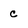
Character: c